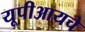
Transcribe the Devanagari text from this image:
यूपीआयचे